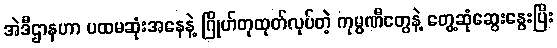
အဲဒီဌာနဟာ ပထမဆုံးအနေနဲ့ ဂြိုဟ်တုထုတ်လုပ်တဲ့ ကုမ္ပဏီတွေနဲ့ တွေ့ဆုံဆွေးနွေးပြီး